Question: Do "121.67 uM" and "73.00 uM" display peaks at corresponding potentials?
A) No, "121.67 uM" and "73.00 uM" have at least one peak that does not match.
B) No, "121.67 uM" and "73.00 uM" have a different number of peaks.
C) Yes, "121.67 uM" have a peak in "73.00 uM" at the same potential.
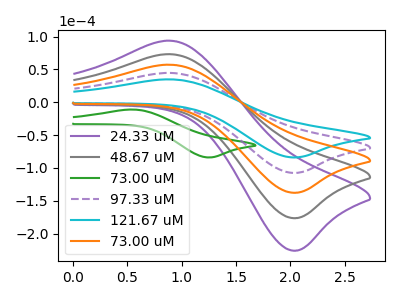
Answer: <think>The purple curve "24.33 uM" has an anodic peak at (0.90V, 178.40uA) and a cathodic peak at (2.05V, -430.05uA). The gray curve "48.67 uM" has an anodic peak at (0.90V, 133.80uA) and a cathodic peak at (2.05V, -322.55uA). The green curve "73.00 uM" has an anodic peak at (0.55V, -11.10uA) and a cathodic peak at (1.25V, -84.00uA). The purple dashed curve "97.33 uM" has an anodic peak at (0.90V, 44.60uA) and a cathodic peak at (2.05V, -107.50uA). The cyan curve "121.67 uM" has an anodic peak at (0.90V, 34.85uA) and a cathodic peak at (2.05V, -83.95uA). The orange curve "73.00 uM" has an anodic peak at (0.90V, 89.20uA) and a cathodic peak at (2.05V, -215.05uA).</think>
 <answer>C) Yes, "121.67 uM" have a peak in "73.00 uM" at the same potential.</answer>
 <eval>C</eval>